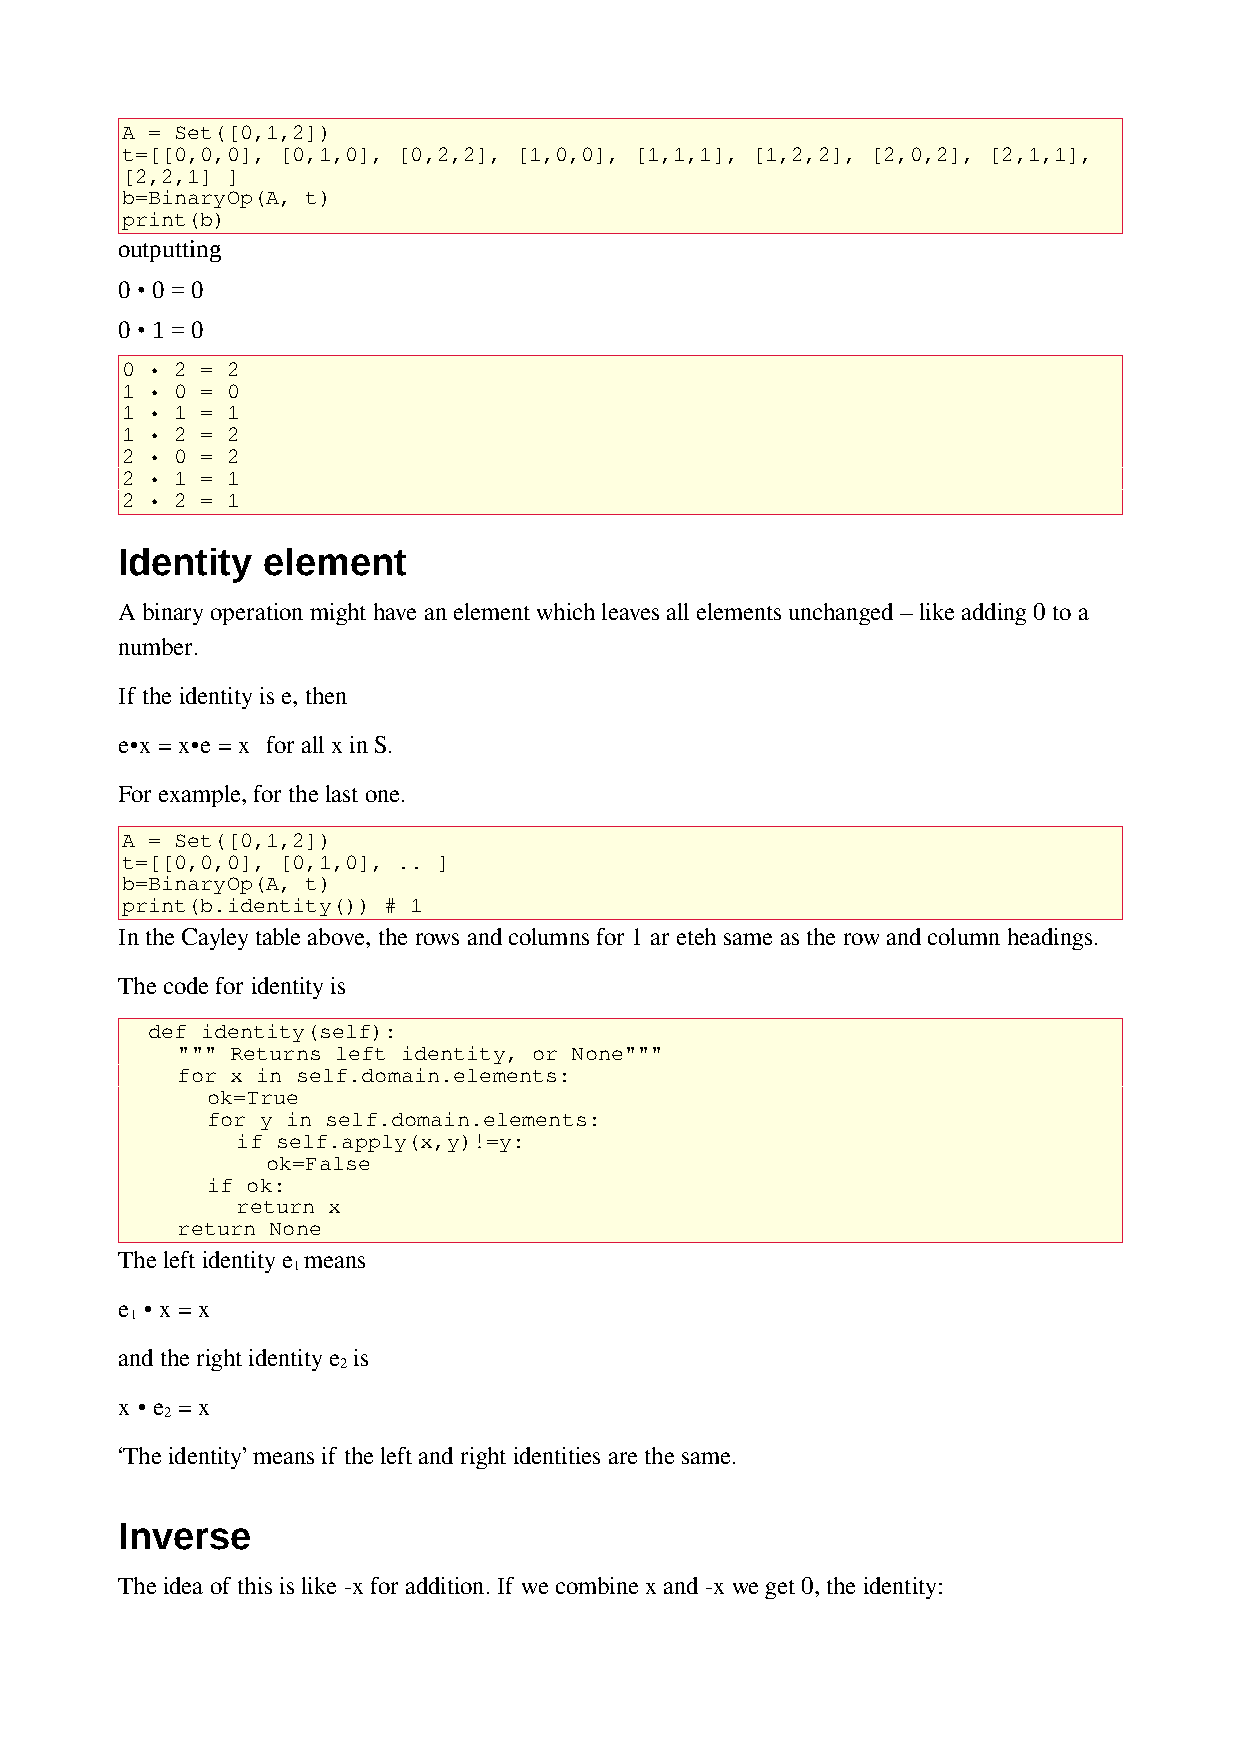
A = Set([0,1,2])
 t=[[0,0,0], [0,1,0], [0,2,2], [1,0,0], [1,1,1], [1,2,2], [2,0,2], [2,1,1],
 [2,2,1] ]
 b=BinaryOp(A, t)
 print(b)
 outputting
 0 • 0 = 0
 0 • 1 = 0
 0 • 2 = 2
 1 • 0 = 0
 1 • 1 = 1
 1 • 2 = 2
 2 • 0 = 2
 2 • 1 = 1
 2 • 2 = 1
 Identity element
 A binary operation might have an element which leaves all elements unchanged – like adding 0 to a
 number.
 If the identity is e, then
 e•x = x•e = x for all x in S.
 For example, for the last one.
 A = Set([0,1,2])
 t=[[0,0,0], [0,1,0], .. ]
 b=BinaryOp(A, t)
 print(b.identity()) # 1
 In the Cayley table above, the rows and columns for 1 ar eteh same as the row and column headings.
 The code for identity is
 def identity(self):
 """ Returns left identity, or None"""
 for x in self.domain.elements:
 ok=True
 for y in self.domain.elements:
 if self.apply(x,y)!=y:
 ok=False
 if ok:
 return x
 return None
 The left identity e means
 1
 e • x = x
 1
 and the right identity e is
 2
 x • e = x
 2
 ‘The identity’ means if the left and right identities are the same.
 Inverse
 The idea of this is like -x for addition. If we combine x and -x we get 0, the identity: